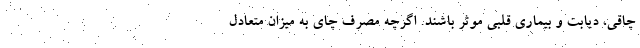
چاقی، دیابت و بیماری قلبی موثر باشند. اگرچه مصرف چای به میزان متعادل